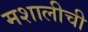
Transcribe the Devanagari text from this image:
मशालीची